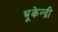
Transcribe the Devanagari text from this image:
भूकेन्द्री